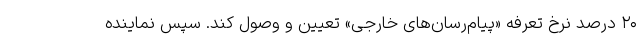
۲۰ درصد نرخ تعرفه «پیام‌رسان‌های خارجی» تعیین و وصول کند. سپس نماینده